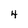
Character: 4